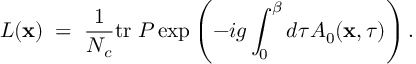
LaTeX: L ( { \bf x } ) \; = \; { \frac { 1 } { N _ { c } } } \mathrm { t r } \; { \cal P } \exp \left( - i g \int _ { 0 } ^ { \beta } d \tau A _ { 0 } ( { \bf x } , \tau ) \right) .